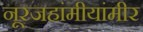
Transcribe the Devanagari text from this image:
नूरजहांमीयांमीर